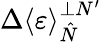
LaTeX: \Delta\left\langle\varepsilon\right\rangle_{\hat{N}}^{\perp N^{\prime}}